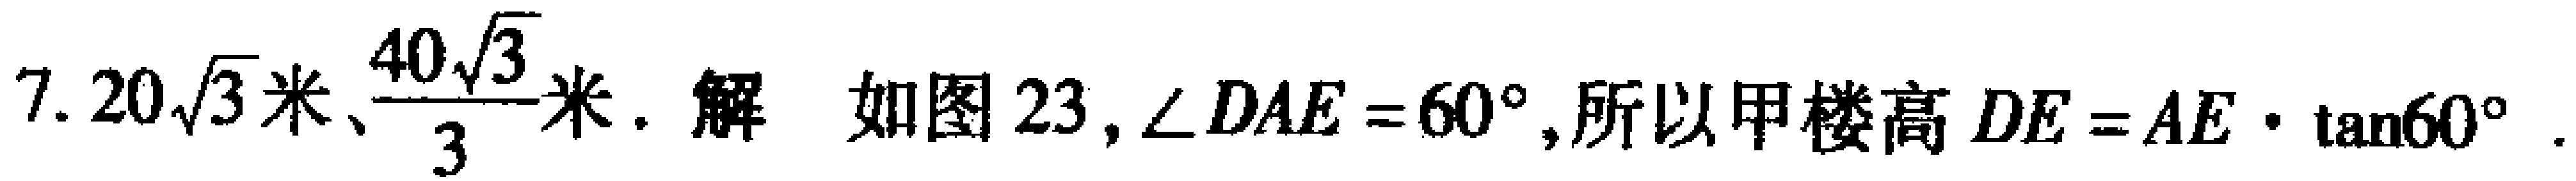
7. \(20\sqrt{3}\text{米}、\frac{40\sqrt{3}}{3}\text{米}\). 解 如图23, \(\angle DAE = 60^{\circ}\), 所以甲楼高 \(DE = AE\cdot\tan60^{\circ}\).